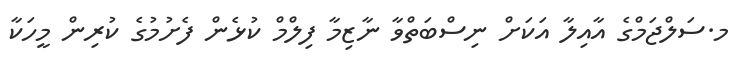
މ.ސަލްޖަމްގެ އާއިލާ އަކަށް ނިސްބަތްވާ ނާޒިމާ ފިލްމް ކުޅެން ފެށުމުގެ ކުރިން މީހަކާ